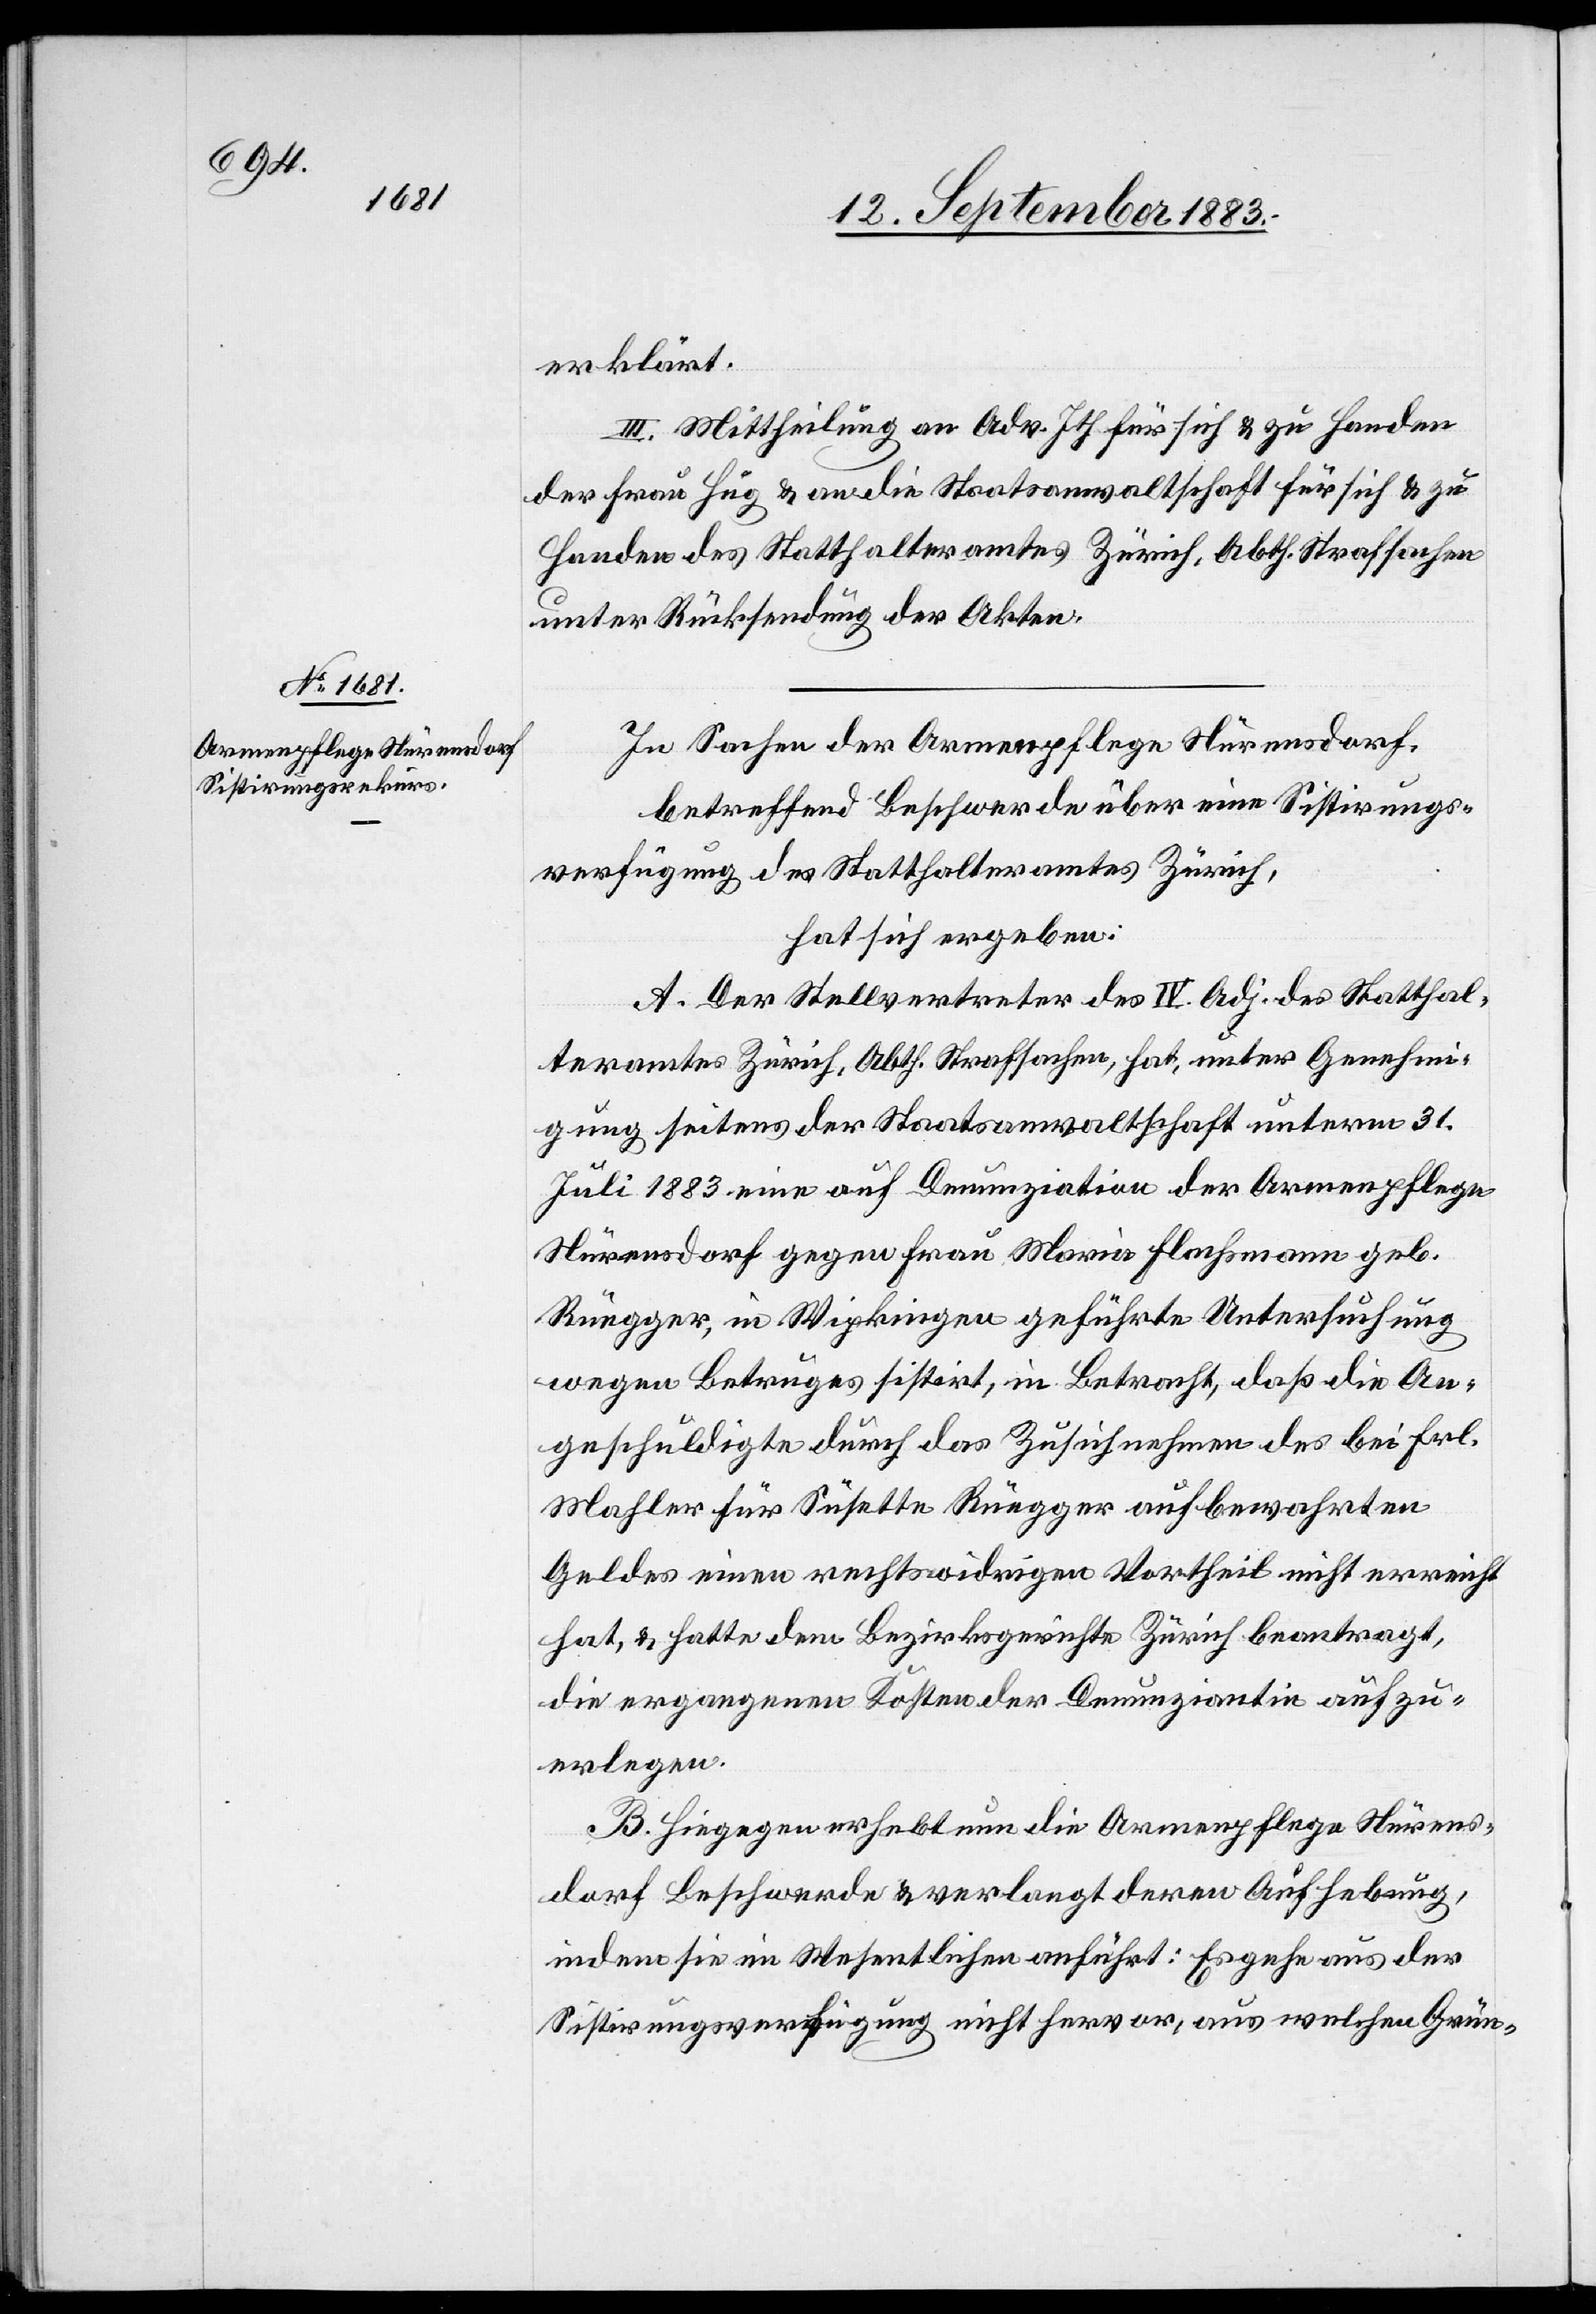
erklärt.
III. Mittheilung an Adv. Ith für sich & zu Handen
der Frau Hug & an die Staatsanwaltschaft für sich & zu
Handen des Statthalteramtes Zürich, Abth. Strafsachen
unter Rücksendung der Akten.